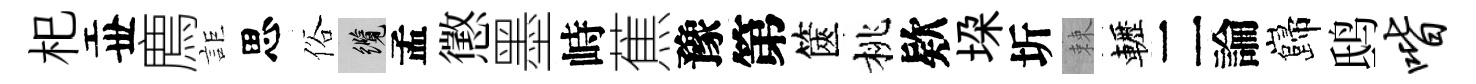
𣏌丗廌詎思俗纜孟懲墨峙蕉豫第篋桃欵垜圻棘轣二論巋鸱喈